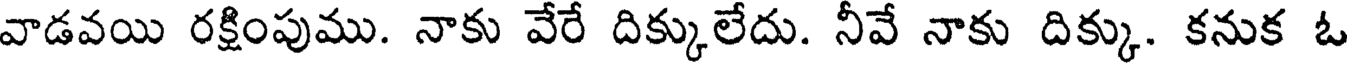
వాడవయి రక్షింపుము. నాకు వేరే దిక్కులేదు. నీవే నాకు దిక్కు. కనుక ఓ